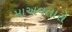
માઅવતારો